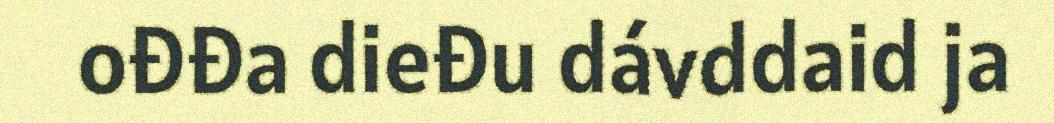
ođđa dieđu dávddaid ja